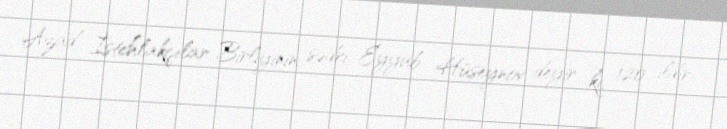
Azad İstehlakçılar Birliyinin sədri Eyyub Hüseynov deyir ki, 120 ildir